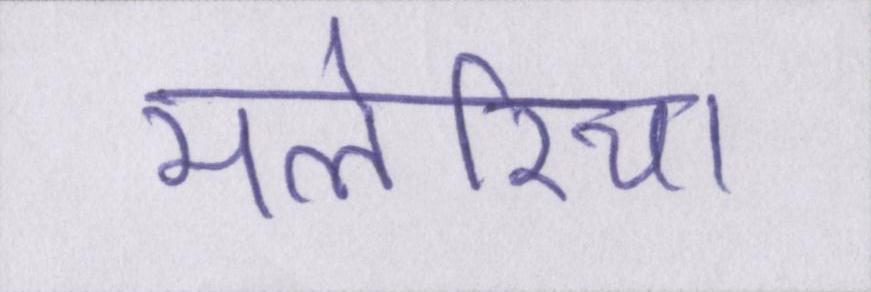
मलेरिया